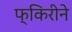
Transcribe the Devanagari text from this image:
फ्किरीने